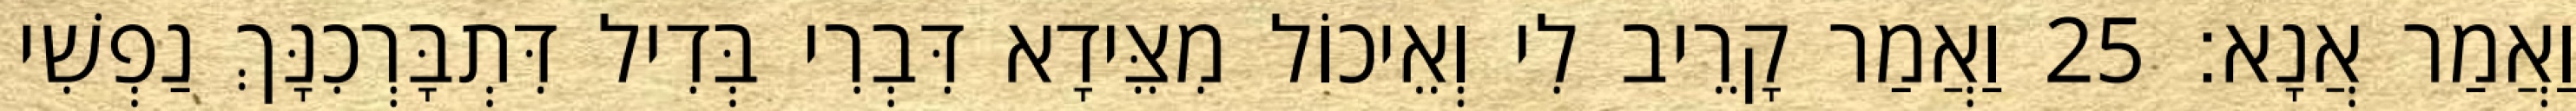
וַאֲמַר אֲנָא׃ 25 וַאֲמַר קָרֵיב לִי וְאֵיכוֹל מִצֵּידָא דִּבְרִי בְּדִיל דִּתְבָּרְכִנָּךְ נַפְשִׁי